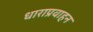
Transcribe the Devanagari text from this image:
धाराप्रवाहन